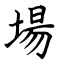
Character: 場